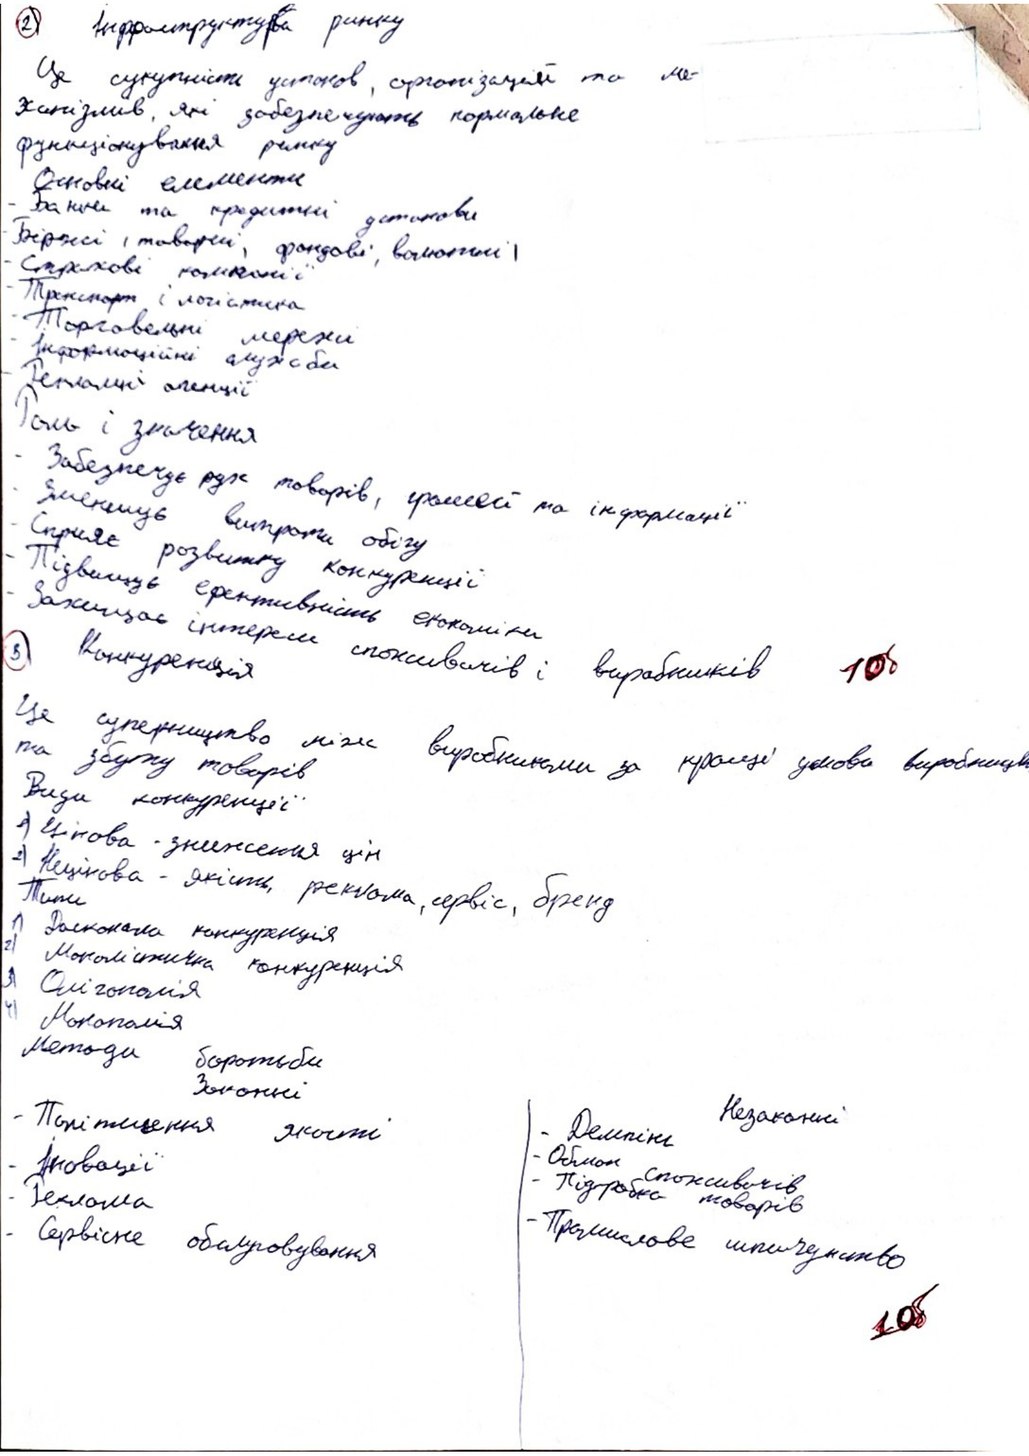
2) Інфраструктура ринку
Це сукупність установ, організацій та ме-
ханізмів, які забезпечують нормальне
функціонування ринку
Основні елементи
- банки та кредитні установи
- Біржі і товарні, фондові, валютні
- Страхові компанії
- Транспорт і логістика
- Торговельні мережі
Інформаційні мережі
Рекламні агенції
Роль і значення
- Забезпечує рух товарів, грошей та інформації
Зменшує витрати обігу
- Сприяє розвитку конкуренції
- Підвищує  ефективність економіки інтереси
- Захищає інтереси споживачив і виробників
3. Конкуренція
10б
Це суперництво між виробниками за кращі умови виробництва
та збуту товарів
Види конкуренції
1) Цінова - зниження цін
2) Нецінова - якість, реклама, сервіс, бренд
Типи
1) Досконала конкуренція
2) Монолістична конкуренція
3) Олігополія
Монополія
Методи боротьби
Законні
- Поліпшення якості
Незаконні
- Демпінг
- Обман споживачив
- Інновації
- Підробка товарів
- Реклама
- Промислове шпигунство
- Сервісне обслуговування
10б